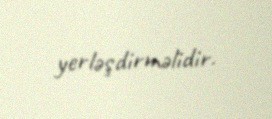
yerləşdirməlidir.